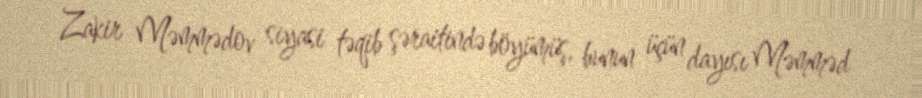
Zakir Məmmədov siyasi təqib şəraitində böyümüş, bunun üçün dayısı Məmməd